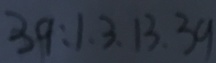
3 9 : 1 , 3 , 1 3 , 3 9